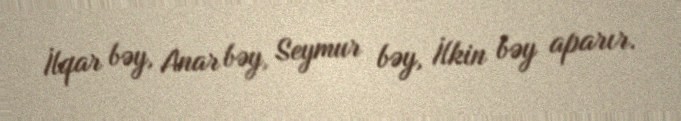
İlqar bəy, Anar bəy, Seymur bəy, İlkin bəy aparır.